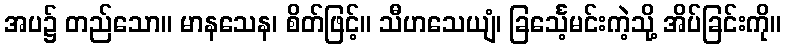
အပ၌ တည်သော။ မာနသေန၊ စိတ်ဖြင့်။ သီဟသေယျံ၊ ခြင်္သေ့မင်းကဲ့သို့ အိပ်ခြင်းကို။